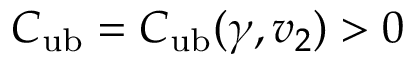
C _ { \mathrm { u b } } = C _ { \mathrm { u b } } ( \gamma , v _ { 2 } ) > 0